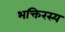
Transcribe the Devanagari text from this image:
भक्तिरस्य